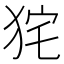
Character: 𤞌